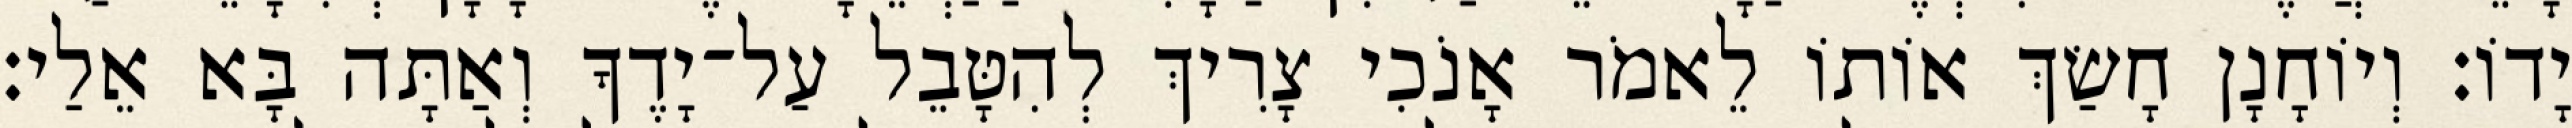
יָדוֹ׃ וְיוֹחָנָן חָשַׂךְ אוֹתוֹ לֵאמֹר אָנֹכִי צָרִיךְ לְהִטָּבֵל עַל־יָדֶךָ וְאַתָּה בָּא אֵלַי׃